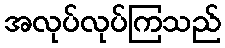
အလုပ်လုပ်ကြသည်